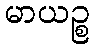
မာယဉ္စ